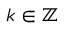
k \in \mathbb { Z }